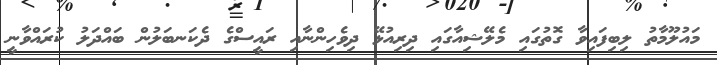
މައުލޫމާތު ލިބިފައިވާ ގޮތުގައި މެލޭޝިއާގައި ދިރިއުޅޭ ދިވެހިންނާއި ރައީސްގެ ދެކަނބަލުން ބައްދަލު ކުރައްވާނީ